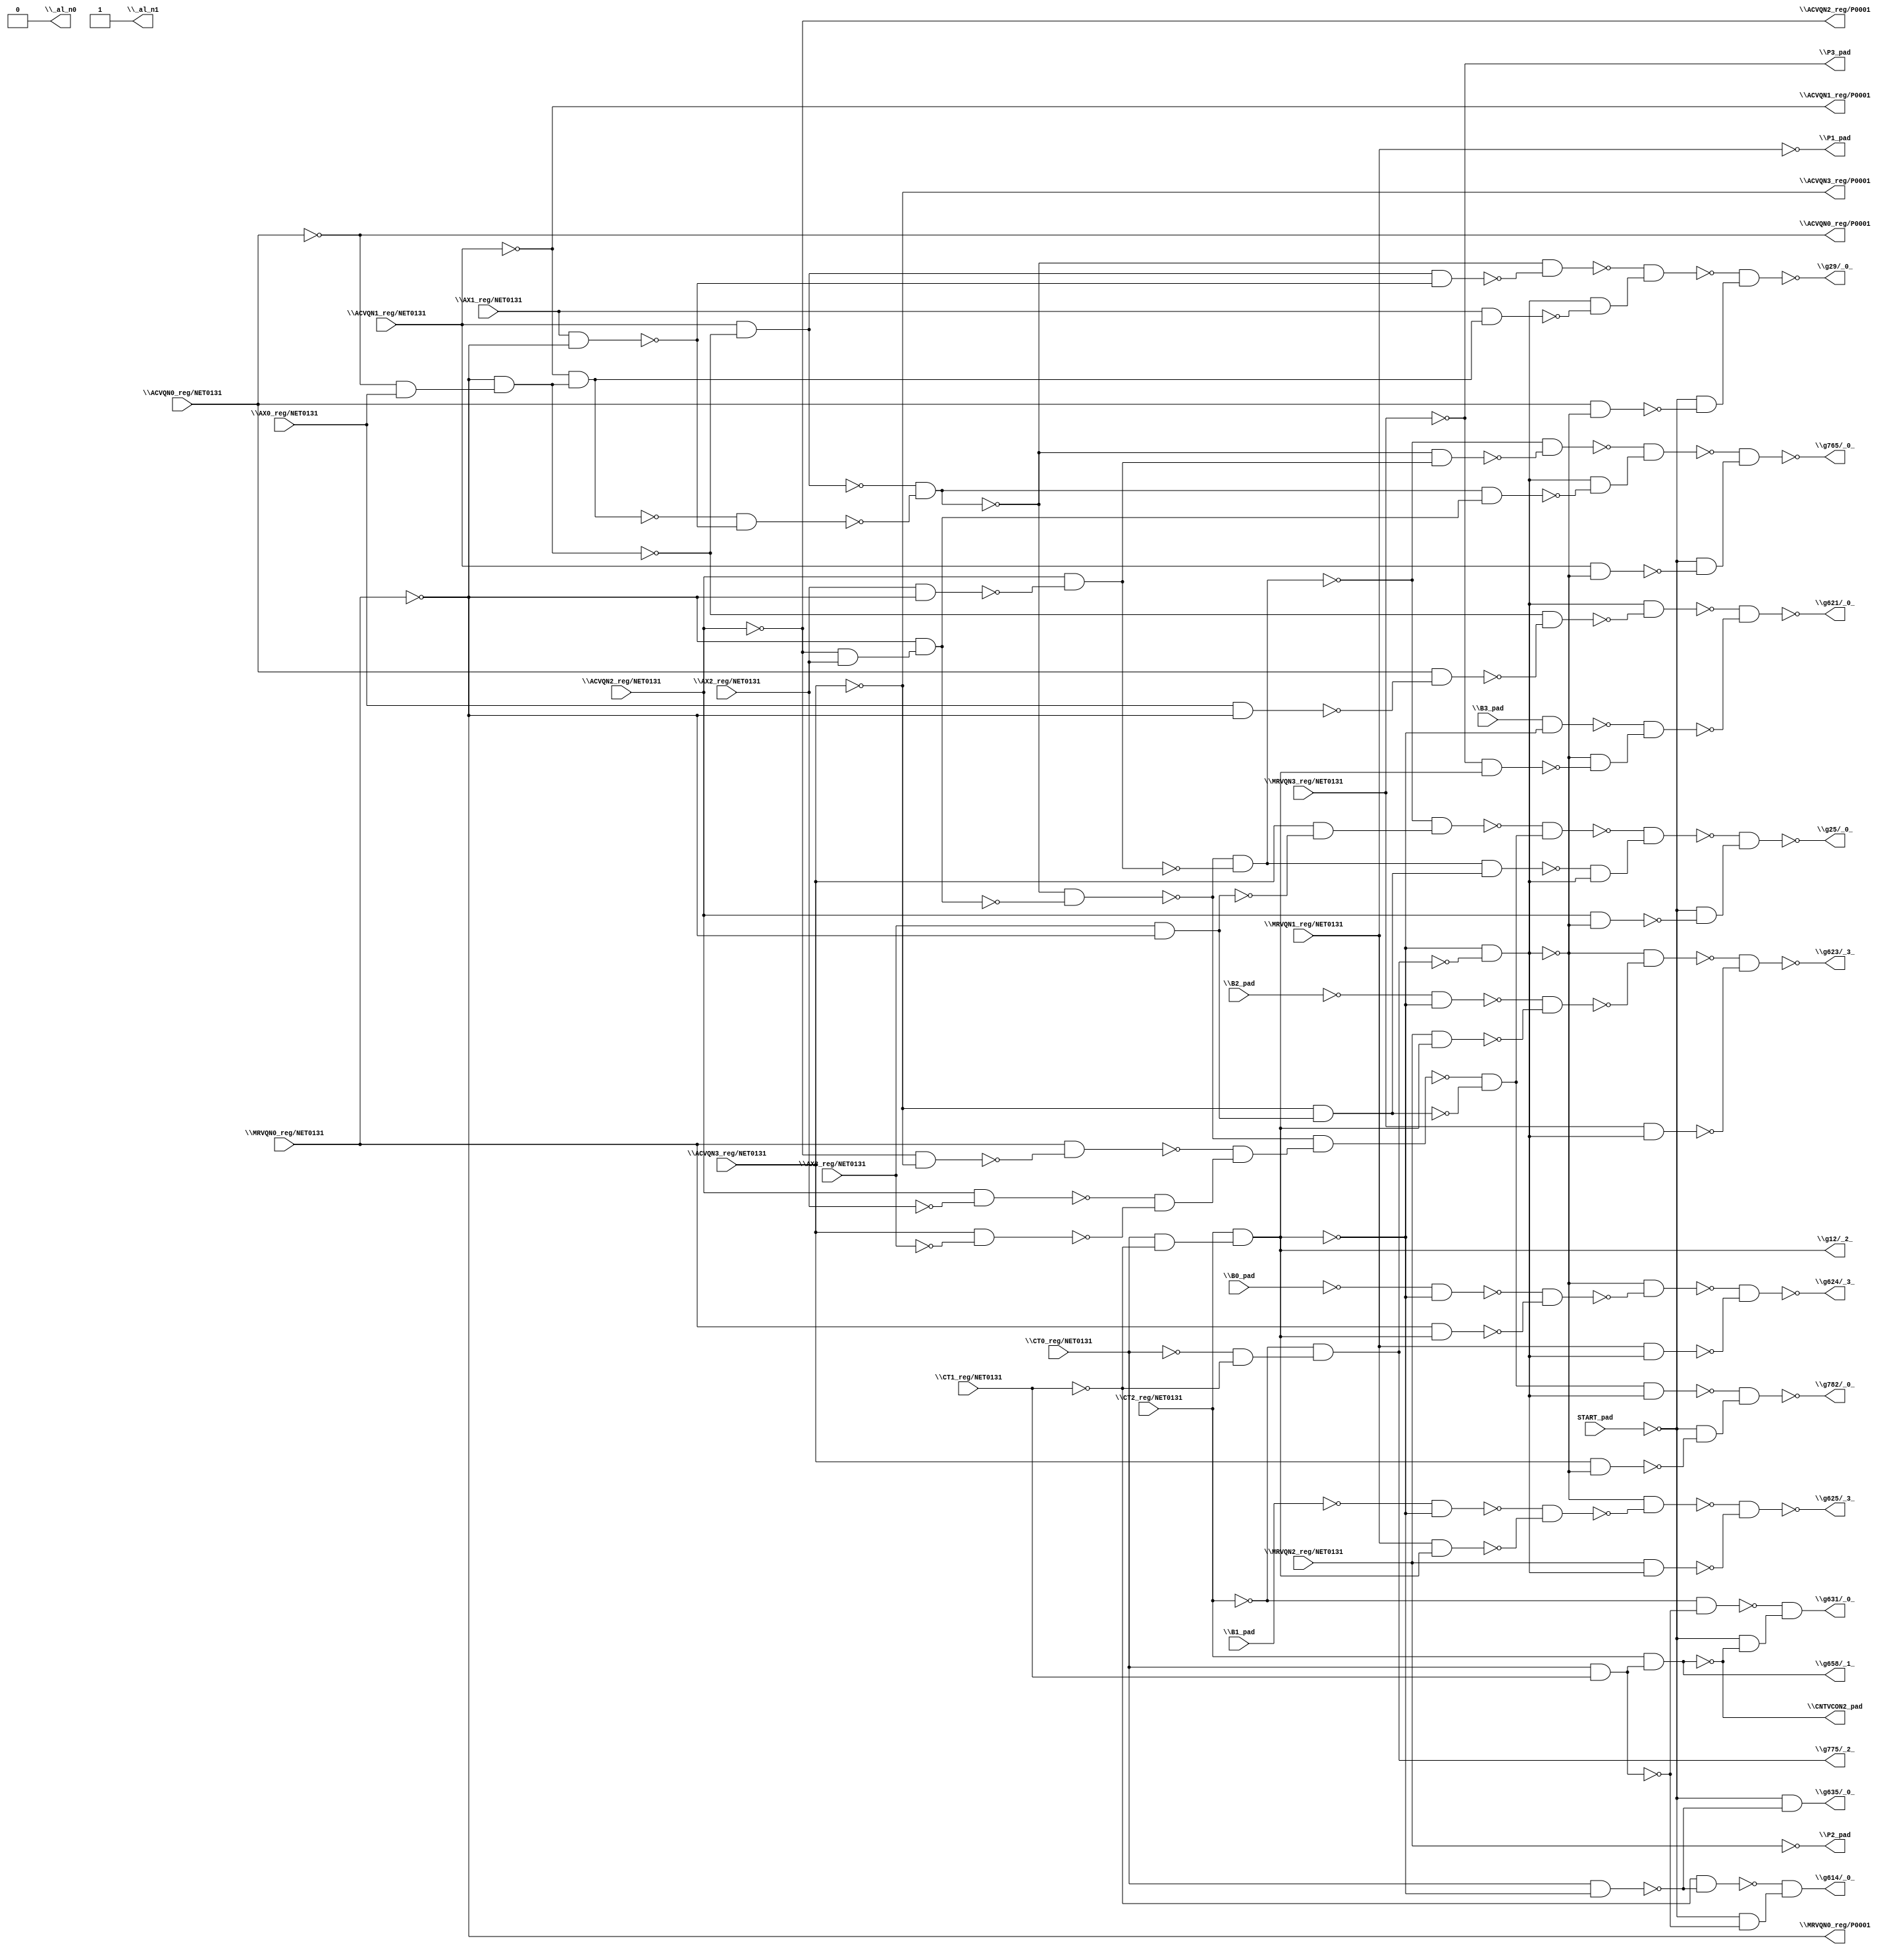
module top( \ACVQN0_reg/NET0131  , \ACVQN1_reg/NET0131  , \ACVQN2_reg/NET0131  , \ACVQN3_reg/NET0131  , \AX0_reg/NET0131  , \AX1_reg/NET0131  , \AX2_reg/NET0131  , \AX3_reg/NET0131  , \B0_pad  , \B1_pad  , \B2_pad  , \B3_pad  , \CT0_reg/NET0131  , \CT1_reg/NET0131  , \CT2_reg/NET0131  , \MRVQN0_reg/NET0131  , \MRVQN1_reg/NET0131  , \MRVQN2_reg/NET0131  , \MRVQN3_reg/NET0131  , START_pad , \ACVQN0_reg/P0001  , \ACVQN1_reg/P0001  , \ACVQN2_reg/P0001  , \ACVQN3_reg/P0001  , \CNTVCON2_pad  , \MRVQN0_reg/P0001  , \P1_pad  , \P2_pad  , \P3_pad  , \_al_n0  , \_al_n1  , \g12/_2_  , \g25/_0_  , \g29/_0_  , \g614/_0_  , \g621/_0_  , \g623/_3_  , \g624/_3_  , \g625/_3_  , \g631/_0_  , \g635/_0_  , \g658/_1_  , \g765/_0_  , \g775/_2_  , \g782/_0_  );
  input \ACVQN0_reg/NET0131  ;
  input \ACVQN1_reg/NET0131  ;
  input \ACVQN2_reg/NET0131  ;
  input \ACVQN3_reg/NET0131  ;
  input \AX0_reg/NET0131  ;
  input \AX1_reg/NET0131  ;
  input \AX2_reg/NET0131  ;
  input \AX3_reg/NET0131  ;
  input \B0_pad  ;
  input \B1_pad  ;
  input \B2_pad  ;
  input \B3_pad  ;
  input \CT0_reg/NET0131  ;
  input \CT1_reg/NET0131  ;
  input \CT2_reg/NET0131  ;
  input \MRVQN0_reg/NET0131  ;
  input \MRVQN1_reg/NET0131  ;
  input \MRVQN2_reg/NET0131  ;
  input \MRVQN3_reg/NET0131  ;
  input START_pad ;
  output \ACVQN0_reg/P0001  ;
  output \ACVQN1_reg/P0001  ;
  output \ACVQN2_reg/P0001  ;
  output \ACVQN3_reg/P0001  ;
  output \CNTVCON2_pad  ;
  output \MRVQN0_reg/P0001  ;
  output \P1_pad  ;
  output \P2_pad  ;
  output \P3_pad  ;
  output \_al_n0  ;
  output \_al_n1  ;
  output \g12/_2_  ;
  output \g25/_0_  ;
  output \g29/_0_  ;
  output \g614/_0_  ;
  output \g621/_0_  ;
  output \g623/_3_  ;
  output \g624/_3_  ;
  output \g625/_3_  ;
  output \g631/_0_  ;
  output \g635/_0_  ;
  output \g658/_1_  ;
  output \g765/_0_  ;
  output \g775/_2_  ;
  output \g782/_0_  ;
  wire n21 , n22 , n23 , n24 , n25 , n26 , n27 , n28 , n29 , n30 , n31 , n32 , n33 , n34 , n35 , n36 , n37 , n38 , n39 , n40 , n41 , n42 , n43 , n44 , n45 , n46 , n47 , n48 , n49 , n50 , n51 , n52 , n53 , n54 , n55 , n56 , n57 , n58 , n59 , n60 , n61 , n62 , n63 , n64 , n65 , n66 , n67 , n68 , n69 , n70 , n71 , n72 , n73 , n74 , n75 , n76 , n77 , n78 , n79 , n80 , n81 , n82 , n83 , n84 , n85 , n86 , n87 , n88 , n89 , n90 , n91 , n92 , n93 , n94 , n95 , n96 , n97 , n98 , n99 , n100 , n101 , n102 , n103 , n104 , n105 , n106 , n107 , n108 , n109 , n110 , n111 , n112 , n113 , n114 ;
  assign n21 = \CT0_reg/NET0131  & \CT1_reg/NET0131  ;
  assign n22 = \CT2_reg/NET0131  & n21 ;
  assign n23 = \CT0_reg/NET0131  & ~\CT1_reg/NET0131  ;
  assign n24 = \CT2_reg/NET0131  & n23 ;
  assign n25 = ~\ACVQN0_reg/NET0131  & \AX0_reg/NET0131  ;
  assign n26 = ~\MRVQN0_reg/NET0131  & n25 ;
  assign n27 = \ACVQN1_reg/NET0131  & ~n26 ;
  assign n28 = ~\ACVQN1_reg/NET0131  & n26 ;
  assign n29 = \AX1_reg/NET0131  & ~\MRVQN0_reg/NET0131  ;
  assign n30 = ~n28 & ~n29 ;
  assign n31 = ~n27 & ~n30 ;
  assign n32 = ~\ACVQN2_reg/NET0131  & \AX2_reg/NET0131  ;
  assign n33 = ~\MRVQN0_reg/NET0131  & n32 ;
  assign n34 = ~n31 & ~n33 ;
  assign n35 = \AX2_reg/NET0131  & ~\MRVQN0_reg/NET0131  ;
  assign n36 = \ACVQN2_reg/NET0131  & ~n35 ;
  assign n37 = ~n34 & ~n36 ;
  assign n38 = \AX3_reg/NET0131  & ~\MRVQN0_reg/NET0131  ;
  assign n39 = \ACVQN3_reg/NET0131  & ~n38 ;
  assign n40 = ~n37 & n39 ;
  assign n42 = ~\ACVQN2_reg/NET0131  & ~\ACVQN3_reg/NET0131  ;
  assign n43 = \MRVQN0_reg/NET0131  & ~n42 ;
  assign n41 = \ACVQN2_reg/NET0131  & ~\AX2_reg/NET0131  ;
  assign n44 = \ACVQN3_reg/NET0131  & ~\AX3_reg/NET0131  ;
  assign n45 = ~n41 & ~n44 ;
  assign n46 = ~n43 & n45 ;
  assign n47 = ~n34 & n46 ;
  assign n48 = ~\ACVQN3_reg/NET0131  & n38 ;
  assign n49 = ~n47 & ~n48 ;
  assign n50 = ~n40 & n49 ;
  assign n51 = n37 & n48 ;
  assign n52 = ~\CT0_reg/NET0131  & ~\CT1_reg/NET0131  ;
  assign n53 = ~\CT2_reg/NET0131  & n52 ;
  assign n54 = ~n24 & ~n53 ;
  assign n55 = ~n51 & n54 ;
  assign n56 = ~n50 & n55 ;
  assign n57 = \ACVQN2_reg/NET0131  & ~n54 ;
  assign n58 = ~START_pad & ~n57 ;
  assign n59 = ~n56 & n58 ;
  assign n62 = n27 & ~n29 ;
  assign n63 = ~n31 & ~n62 ;
  assign n61 = \AX1_reg/NET0131  & n28 ;
  assign n64 = n54 & ~n61 ;
  assign n65 = ~n63 & n64 ;
  assign n60 = \ACVQN0_reg/NET0131  & ~n54 ;
  assign n66 = ~START_pad & ~n60 ;
  assign n67 = ~n65 & n66 ;
  assign n68 = \CT0_reg/NET0131  & ~n24 ;
  assign n69 = ~\CT1_reg/NET0131  & ~n68 ;
  assign n70 = ~START_pad & ~n21 ;
  assign n71 = ~n69 & n70 ;
  assign n72 = \AX0_reg/NET0131  & ~\MRVQN0_reg/NET0131  ;
  assign n73 = \ACVQN0_reg/NET0131  & ~n72 ;
  assign n74 = ~n26 & ~n73 ;
  assign n75 = n54 & ~n74 ;
  assign n77 = \B3_pad  & ~n24 ;
  assign n76 = ~\MRVQN3_reg/NET0131  & n24 ;
  assign n78 = ~n54 & ~n76 ;
  assign n79 = ~n77 & n78 ;
  assign n80 = ~n75 & ~n79 ;
  assign n81 = ~\B2_pad  & ~n24 ;
  assign n82 = \MRVQN2_reg/NET0131  & n24 ;
  assign n83 = ~n81 & ~n82 ;
  assign n84 = ~n54 & ~n83 ;
  assign n85 = \MRVQN3_reg/NET0131  & n54 ;
  assign n86 = ~n84 & ~n85 ;
  assign n87 = ~\B0_pad  & ~n24 ;
  assign n88 = \MRVQN0_reg/NET0131  & n24 ;
  assign n89 = ~n87 & ~n88 ;
  assign n90 = ~n54 & ~n89 ;
  assign n91 = \MRVQN1_reg/NET0131  & n54 ;
  assign n92 = ~n90 & ~n91 ;
  assign n93 = ~\B1_pad  & ~n24 ;
  assign n94 = \MRVQN1_reg/NET0131  & n24 ;
  assign n95 = ~n93 & ~n94 ;
  assign n96 = ~n54 & ~n95 ;
  assign n97 = \MRVQN2_reg/NET0131  & n54 ;
  assign n98 = ~n96 & ~n97 ;
  assign n99 = ~\CT2_reg/NET0131  & ~n21 ;
  assign n100 = ~START_pad & ~n22 ;
  assign n101 = ~n99 & n100 ;
  assign n102 = ~START_pad & ~n68 ;
  assign n105 = ~n31 & n36 ;
  assign n106 = ~n37 & ~n105 ;
  assign n104 = n31 & n33 ;
  assign n107 = n54 & ~n104 ;
  assign n108 = ~n106 & n107 ;
  assign n103 = \ACVQN1_reg/NET0131  & ~n54 ;
  assign n109 = ~START_pad & ~n103 ;
  assign n110 = ~n108 & n109 ;
  assign n112 = n49 & n54 ;
  assign n111 = \ACVQN3_reg/NET0131  & ~n54 ;
  assign n113 = ~START_pad & ~n111 ;
  assign n114 = ~n112 & n113 ;
  assign \ACVQN0_reg/P0001  = ~\ACVQN0_reg/NET0131  ;
  assign \ACVQN1_reg/P0001  = ~\ACVQN1_reg/NET0131  ;
  assign \ACVQN2_reg/P0001  = ~\ACVQN2_reg/NET0131  ;
  assign \ACVQN3_reg/P0001  = ~\ACVQN3_reg/NET0131  ;
  assign \CNTVCON2_pad  = ~n22 ;
  assign \MRVQN0_reg/P0001  = ~\MRVQN0_reg/NET0131  ;
  assign \P1_pad  = ~\MRVQN1_reg/NET0131  ;
  assign \P2_pad  = ~\MRVQN2_reg/NET0131  ;
  assign \P3_pad  = ~\MRVQN3_reg/NET0131  ;
  assign \_al_n0  = 1'b0 ;
  assign \_al_n1  = ~1'b0 ;
  assign \g12/_2_  = n24 ;
  assign \g25/_0_  = ~n59 ;
  assign \g29/_0_  = ~n67 ;
  assign \g614/_0_  = n71 ;
  assign \g621/_0_  = ~n80 ;
  assign \g623/_3_  = ~n86 ;
  assign \g624/_3_  = ~n92 ;
  assign \g625/_3_  = ~n98 ;
  assign \g631/_0_  = n101 ;
  assign \g635/_0_  = n102 ;
  assign \g658/_1_  = n22 ;
  assign \g765/_0_  = ~n110 ;
  assign \g775/_2_  = n53 ;
  assign \g782/_0_  = ~n114 ;
endmodule